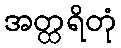
အတ္ထရိတုံ